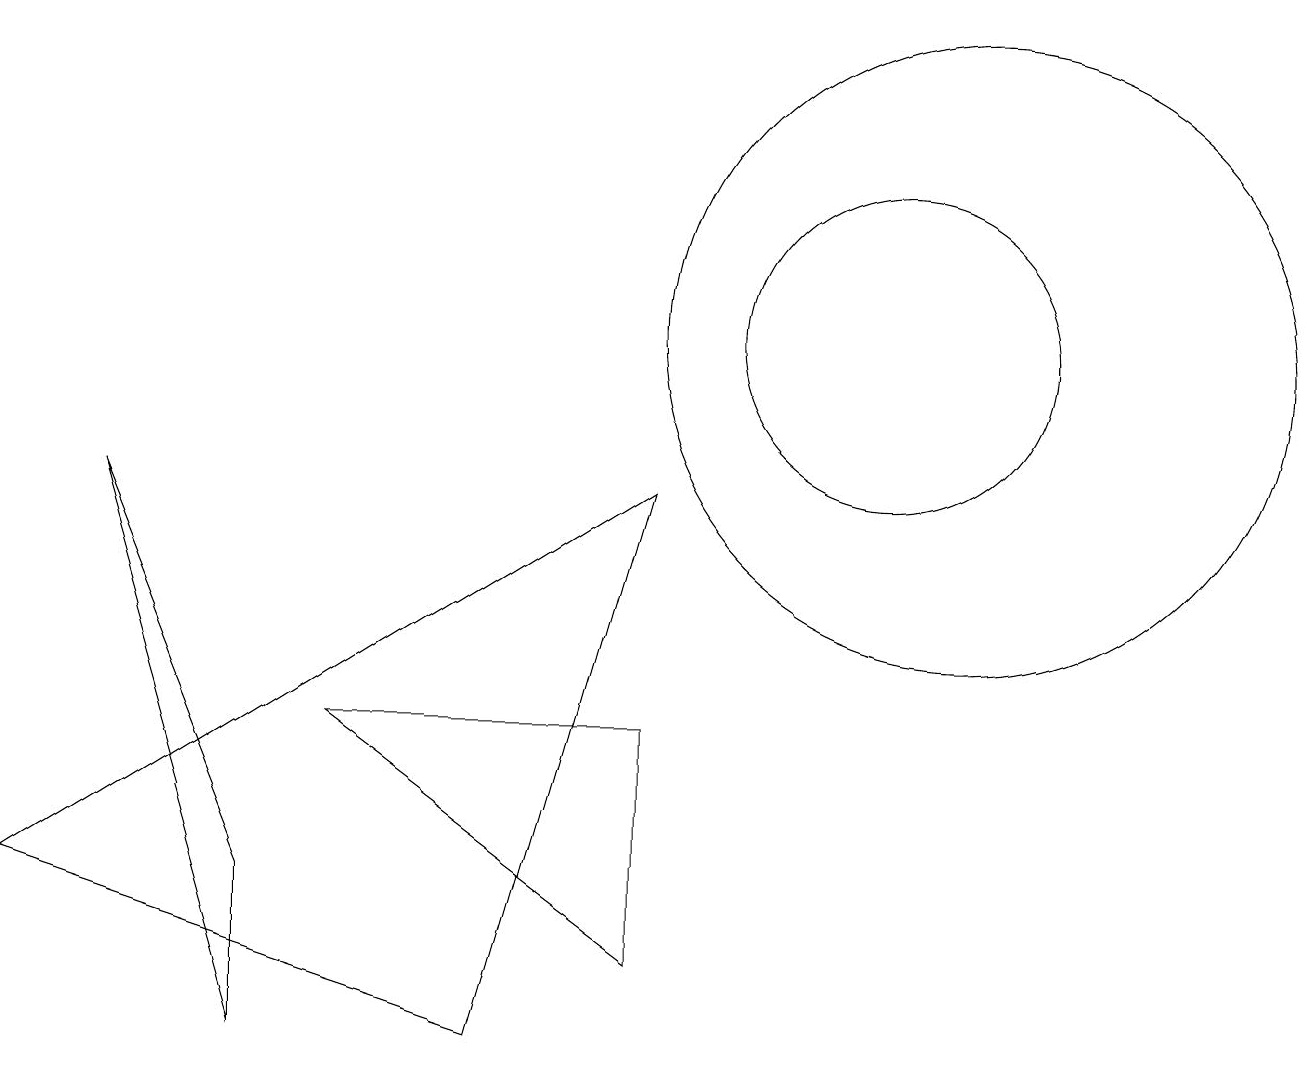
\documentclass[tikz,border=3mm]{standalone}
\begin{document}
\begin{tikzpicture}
\draw (8,9) -- (0,4) -- (6,2) -- cycle;
\draw (12,11) circle (4);
\draw (3,2) -- (1,9) -- (3,4) -- cycle;
\draw (11,11) circle (2);
\draw (8,3) -- (8,6) -- (4,6) -- cycle;
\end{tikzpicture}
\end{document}